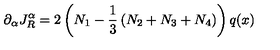
\partial _ { \alpha } J _ { R } ^ { \alpha } = 2 \left( N _ { 1 } - \frac { 1 } { 3 } \left( N _ { 2 } + N _ { 3 } + N _ { 4 } \right) \right) q ( x )